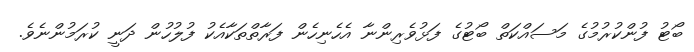
ބޯޓު ފުންކުރުމުގެ މަސައްކަތް ބޯޓުގެ ފަޅުވެރިންނާ އެހެނިހެން ފަރާތްތަކާއެކު ފުލުހުން ދަނީ ކުރަމުންނެވެ.